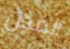
المدن